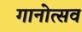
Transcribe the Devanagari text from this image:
गानोत्सव